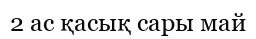
2 ас қасық сары май